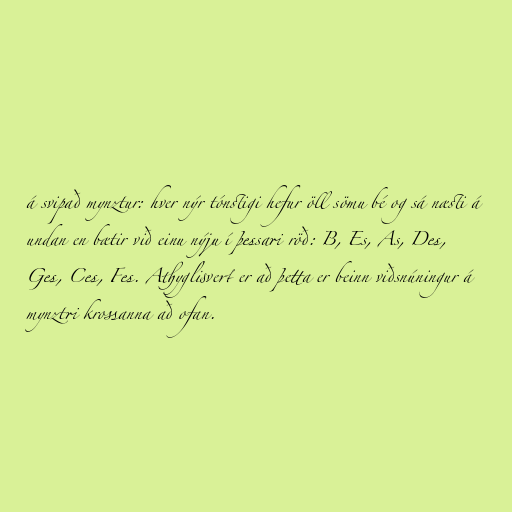
á svipað mynztur: hver nýr tónstigi hefur öll sömu bé og sá næsti á
undan en bætir við einu nýju í þessari röð: B, Es, As, Des,
Ges, Ces, Fes. Athyglisvert er að þetta er beinn viðsnúningur á
mynztri krossanna að ofan.